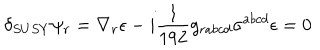
LaTeX: \delta _ { S U S Y } \psi _ { r } = \nabla _ { r } \epsilon - i { \frac { 1 } { 1 9 2 } } g _ { r a b c d } \sigma ^ { a b c d } \epsilon = 0